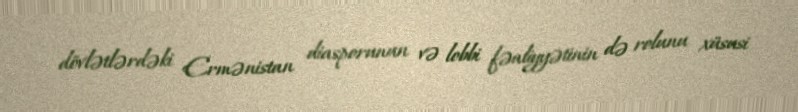
dövlətlərdəki Ermənistan diasporunun və lobbi fəaliyyətinin də rolunu xüsusi